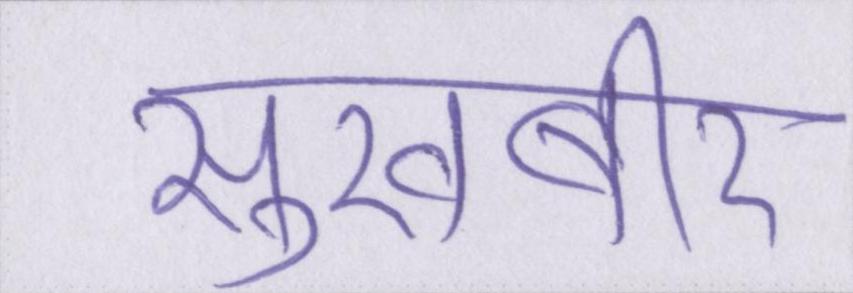
सुखबीर